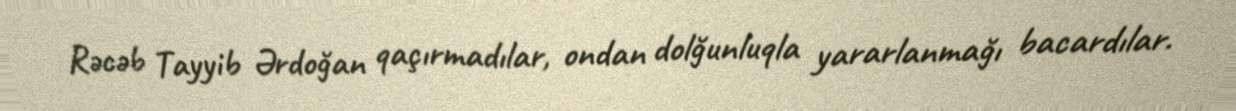
Rəcəb Tayyib Ərdoğan qaçırmadılar, ondan dolğunluqla yararlanmağı bacardılar.